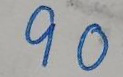
90